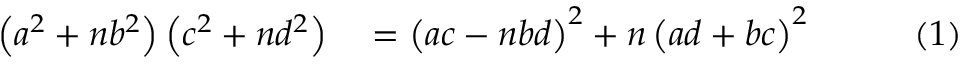
\begin{array} { r l r l r } { \left( a ^ { 2 } + n b ^ { 2 } \right) \left( c ^ { 2 } + n d ^ { 2 } \right) } & { { } { } = \left( a c - n b d \right) ^ { 2 } + n \left( a d + b c \right) ^ { 2 } } & { } & { { } } & { ( 1 ) } \end{array}